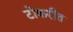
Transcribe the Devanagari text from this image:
टोकरीत